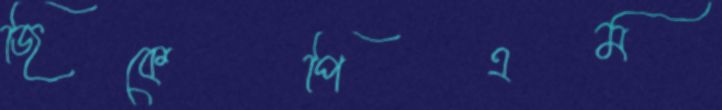
জিকেপিএম